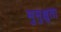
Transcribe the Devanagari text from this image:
मुमुक्षुता